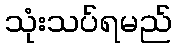
သုံးသပ်ရမည်